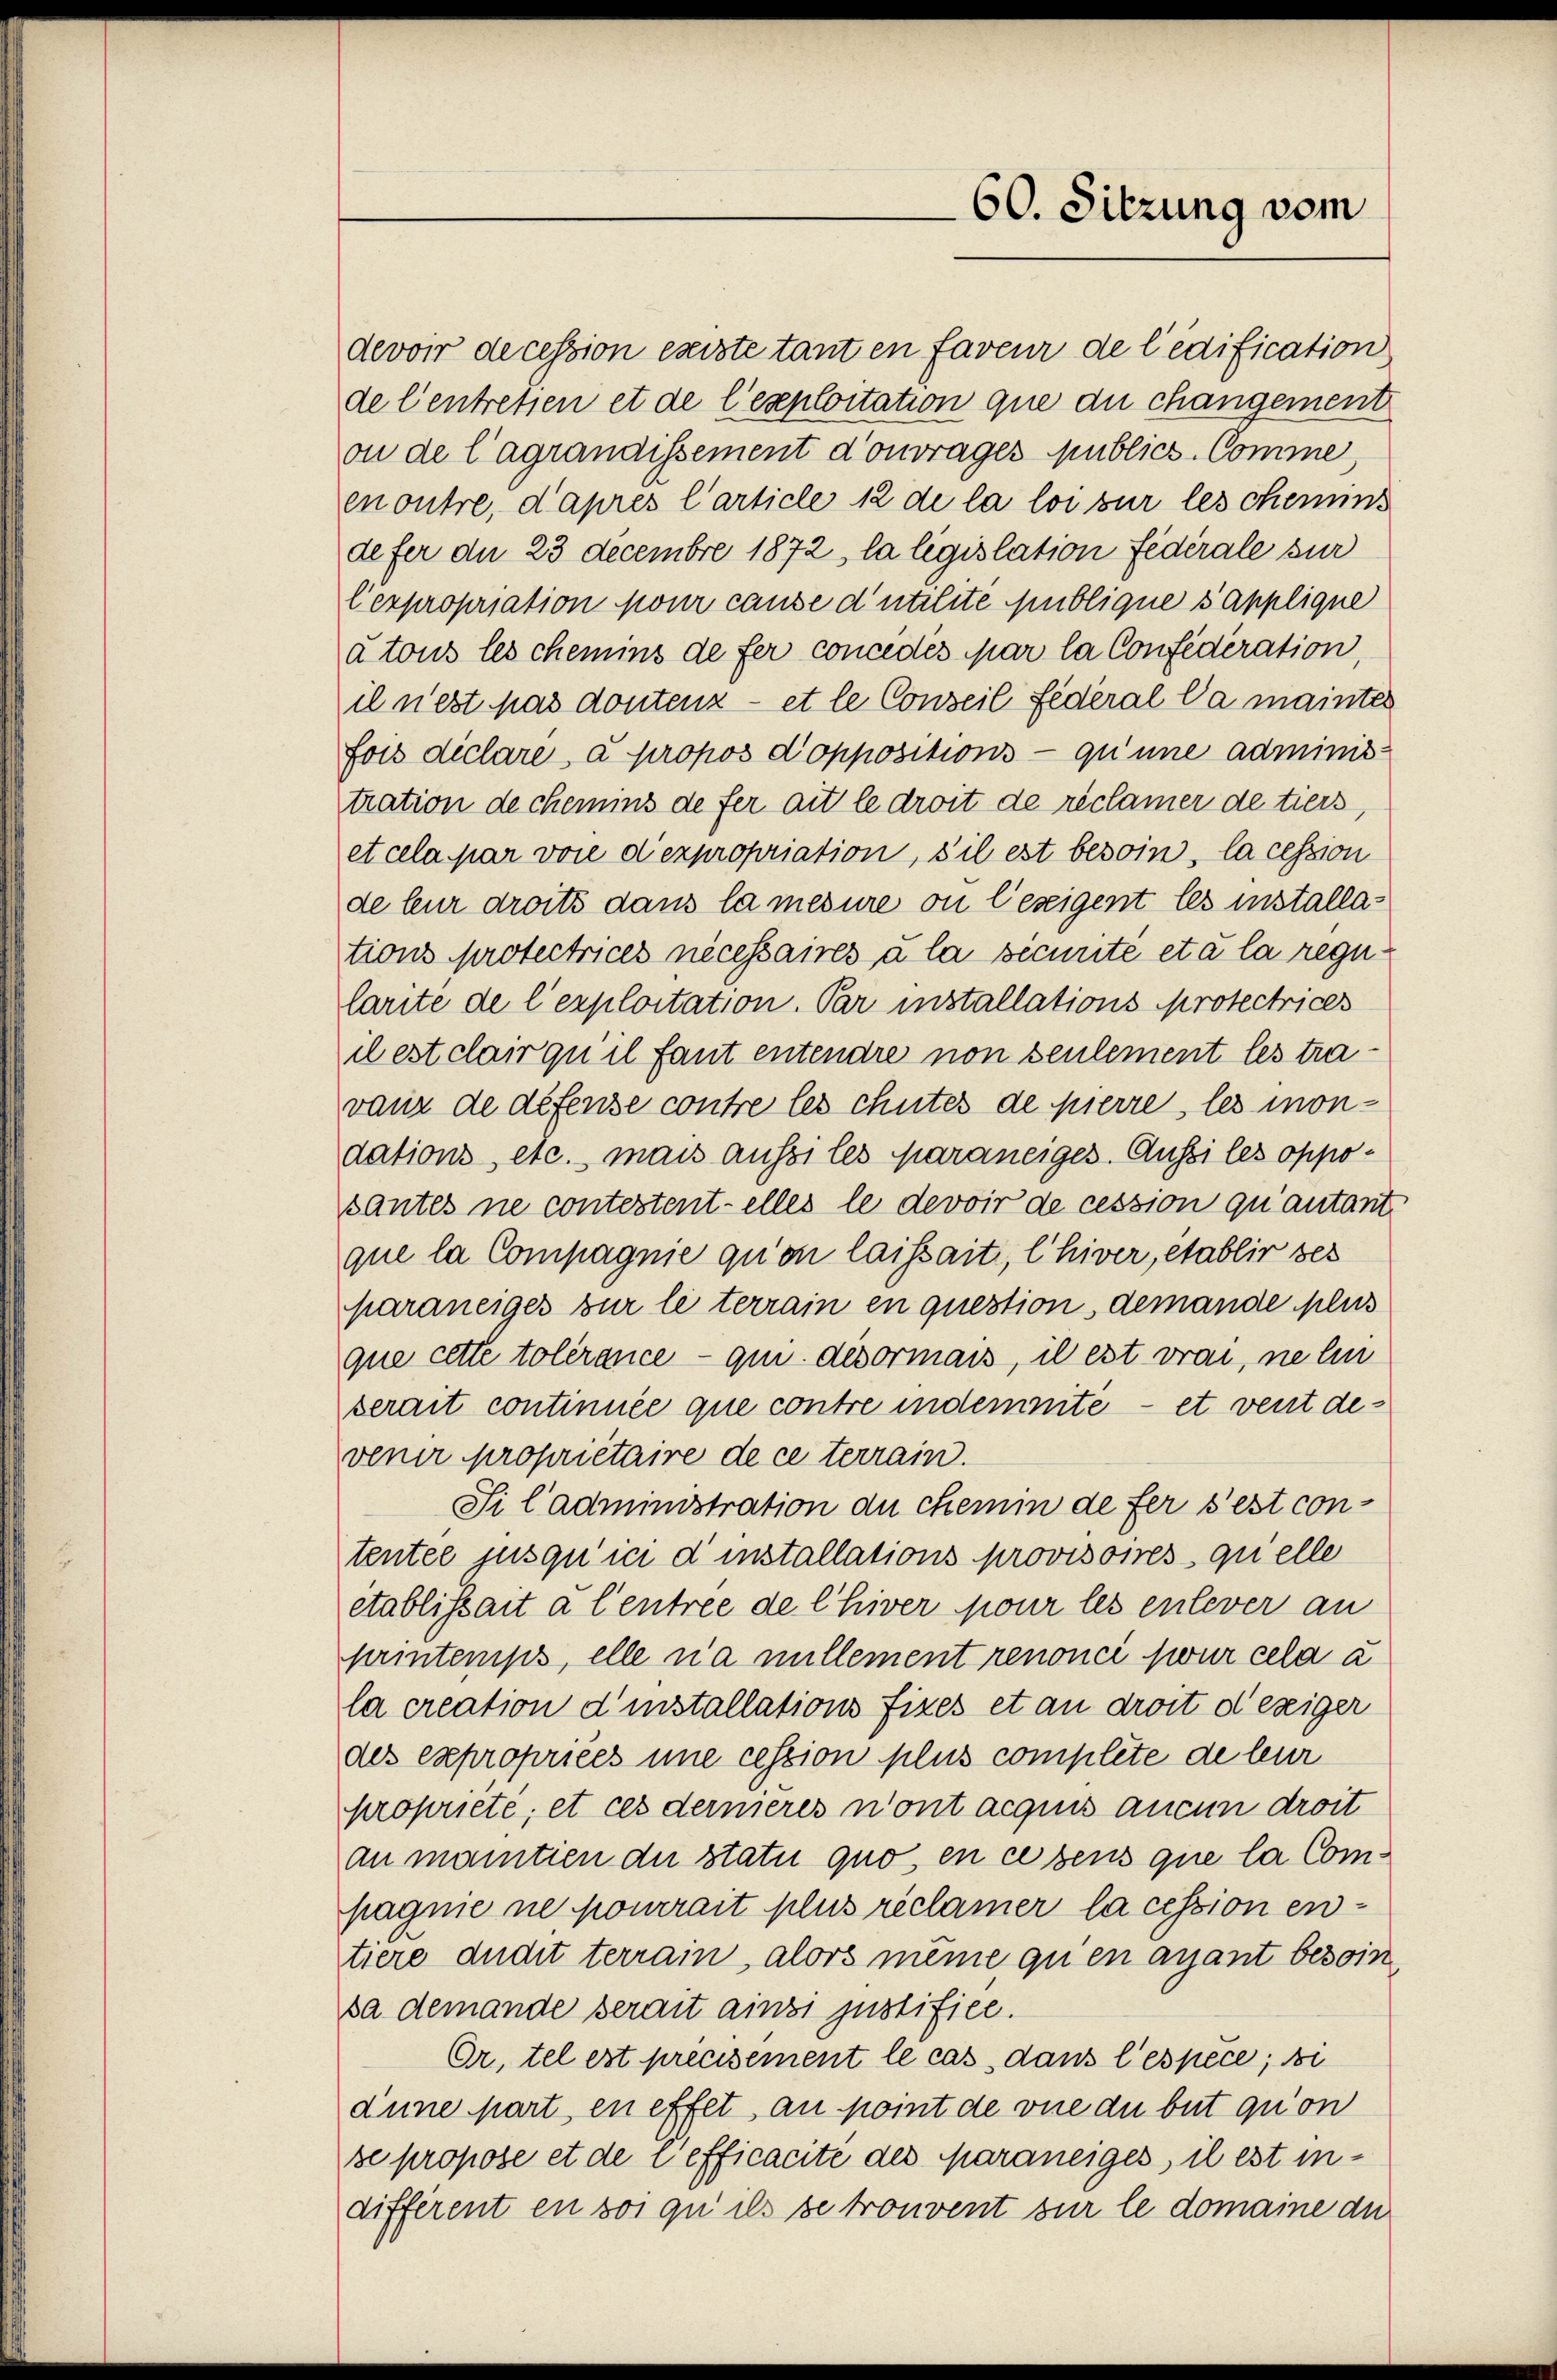
devoir decession existe tant en faveur de l’edification
de Centretien et de l’exploitation que du changement
on de lagrandissement d’ouvrages publich-Comme,
mnoutre, d’après l’article 12 de la loi sur les chemins
defer du 23 decembre 1872, la législation fédérale zur
lexpropriation pour cause d’utilite publique s’applique
a tous les chemins de fer concédés par la Confédération,
il n’est pas dontenz - et le Conseil Federal Da mainter
fois diclare, à propos d’oppositions - qu’une adminis-
tration de chemins de fer ait le droit de réclamer de tiers,
et cela par vore d’expropriation, s’il est besoin, la cession
de leur droits dans la mesure ou lezeigent les installations protectrices nécessaires à la sicurite eta la regularite de l’exploitation. Par installations protectrices
il est clair qu il faut entendre non seulement les travanz de défense contre les chutes de pierre, les mondations, etc., mais aussi les paraneiges. Aussi les opposantes ne contestentelles le devoir de cession qu’autant
que la Compagnie qu’on laissait, l’hiver, etablir ses
paraneiges zur le terrain en question demande plus
que cette tolérance qui disormais, il est vrai, ne li
serait continnée que contre indemnité et vent des
venir propriétaire de ce terrain.
Si l’administration du chemin de fer s’est con-
tentée jusqu’ici d installations provisores quelle
etablissait à l’entree de Chiver pour les enlever an
printemps, elle n’a millement renonci sur cela a
la creation d’installations fixés et an droit deziger
des expropriees une cession plus complete de leur
propriete; et ces dernieres n’ont acquis aucun droit
an mantien die Statu quo, en ce sens que la Compagnie ne pourrait plus réclamer la cession entiere dudit terrain, alors même qu’en ayant besoin
sa demande serait ainzi justifice.
Or, tel est précisement le cas dans l’espece; di
dune part en effet au point de vue du but quon
se propose et de l’efficacite des Maraneiges, il est indifférent en soi qu’ils se trouvent sur le domaine du

60. Sitzung vom